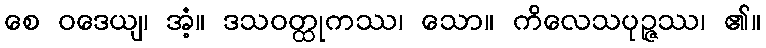
စေ ဝဒေယျ၊ အံ့။ ဒသဝတ္ထုကဿ၊ သော။ ကိလေသပုဉ္ဇဿ၊ ၏။